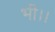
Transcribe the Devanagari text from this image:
भी।।